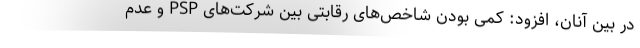
در بین آنان، افزود: کمی بودن شاخص‌های رقابتی بین شرکت‌های PSP و عدم